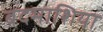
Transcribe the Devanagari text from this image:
बदमाशिया